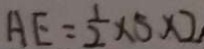
A E = \frac { 1 } { 2 } \times 5 \times 2